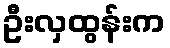
ဦးလှထွန်းက